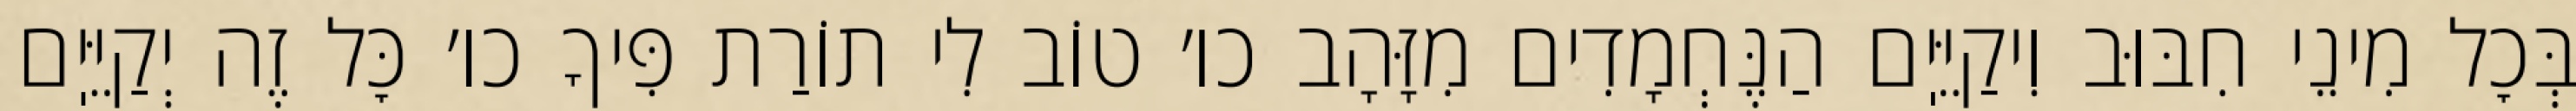
בְּכׇל מִינֵי חִבּוּב וִיקַיֵּיֽם הַנֶּחְמָדִים מִזָּהָב כו׳ טוֹב לִי תוֹרַת פִּיךָ כו׳ כׇּל זֶה יְקַיֵּיֽם